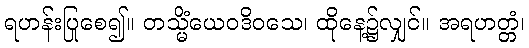
ရဟန်းပြုစေ၍။ တသ္မိံယေဝဒိဝသေ၊ ထိုနေ့၌လျှင်။ အရဟတ္တံ၊